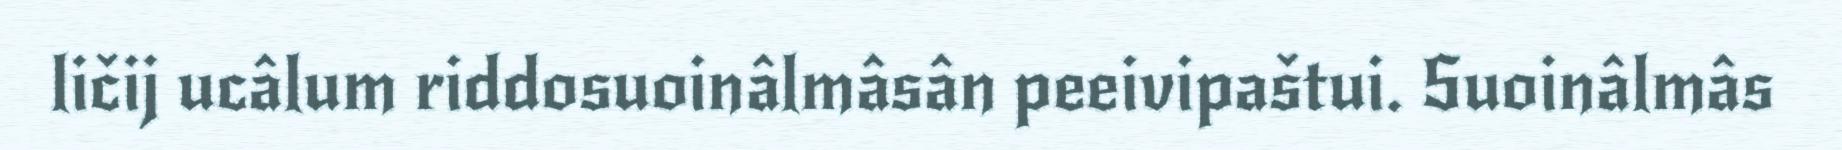
ličij ucâlum riddosuoinâlmâsân peeivipaštui. Suoinâlmâs